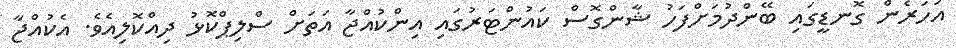
އަހަރެން ގޮނޑީގައި ބޭންދުމަށްފަހު ޝާންގޮސް ކައުންޓަރުގައި އިންކުއްޖާ އަތަށް ސްލިޕްކޮޅު ދިއްކޮލިއެވެ. އެކުއްޖާ